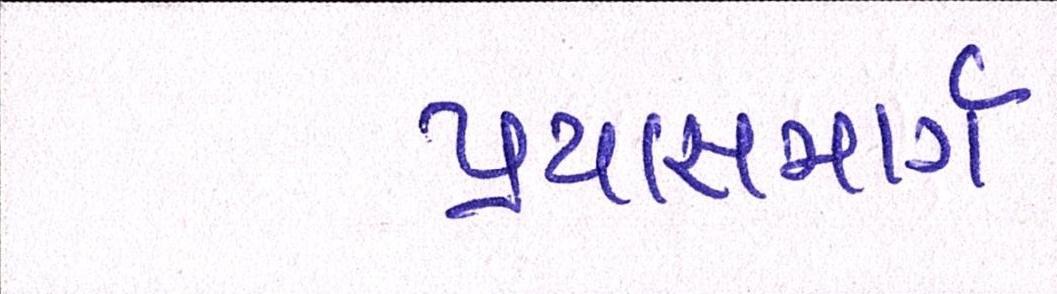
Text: પ્રયાસમાર્ગ